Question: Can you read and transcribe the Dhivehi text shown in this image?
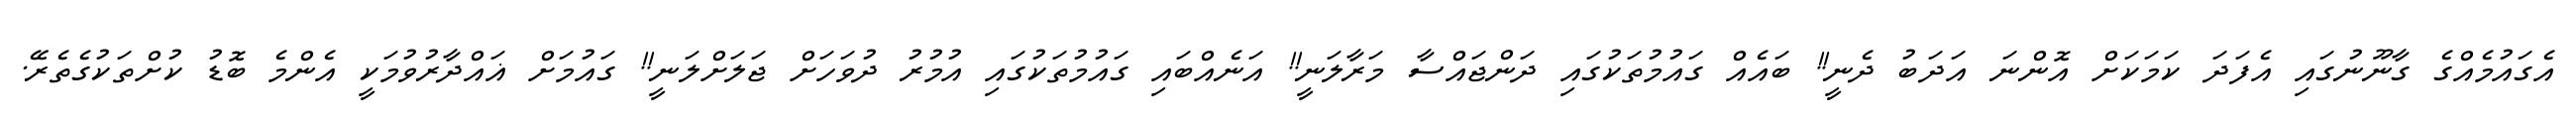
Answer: އެގައުމެއްގެ ގާނޫނުގައި އެފަދަ ކަމަކަށް އޮންނަ އަދަބު ދެނީ!! ބައެއް ގައުމުތަކުގައި ދަންޖައްސާ މަރާލަނީ!! އަނެއްބައި ގައުމުތަކުގައި އުމުރު ދުވަހަށް ޖަލަށްލަނީ!! ގައުމަށް ޣައްދާރުވުމަކީ އެންމެ ބޮޑު ކުށްތަކުގެތެރޭ.